Medical and sanitary report on the native army of Bombay for the year
Year: 1879
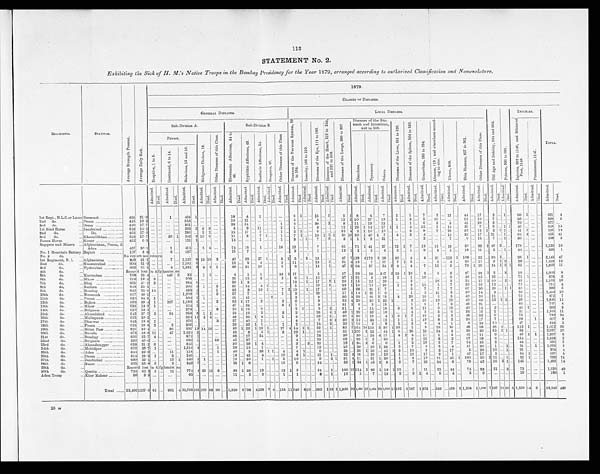
113
STATEMENT No. 2,
Exhibiting the Sick of H. M.'s Native Troops in the Bombay Presidency for the Year 1879, arranged according to authorized Classification and Nomenclature.
REGIMENTS.
STATIONS.
A v e r g e S t r e n g t h P r e s e n t .
A v e r a g e D a i l y S i c k .
1879.
CLASSES OF DISEASES.
GENERAL DISEASES.
LOCAL DISEASES.
O l d A g e a n d D e b i l i t y , 9 0 4 a n d 9 0 5 .
P o i s o n s , 9 0 6 t o 9 9 1 . INJURIES.
TOTAL.
Sub-Division A.
Sub-Division B.
D i s e a s e s o f t h e N e r v o u s S y s t e m , 5 9
t o 1 0 4 .
I n s a n i t y , 1 0 5 t o 1 1 0 .
D i s e a s e s o f t h e E y e , 1 1 1 t o 1 8 5 .
D i s e a s e s o f t h e H e a r t , 2 1 9 t o 2 4 4 ,
a n d 2 5 0 t o 2 5 8 .
D i s e a s e s o f t h e L u n g s , 2 9 0 t o 3 3 7 .
Diseases of the Sto-
m a c h a n d I n t e s t i n e s ,
449 to 500.
D i s e a s e s o f t h e L i v e r , 5 0 1 t o 5 2 0 .
D i s e a s e s o f t h e S p l e e n , 5 2 4 t o 5 3 0 .
G o n o r r h œ a , 5 8 5 t o 5 9 4 .
A b s c e s s , 8 1 9 ; a n d e l s e w h e r e a c c o r d -
i n g t o s i t e .
U l c e r s , 8 5 9 .
S k i n D i s e a s e s , 8 2 7 t o 9 0 1 .
O t h e r D i s e a s e s o f t h i s C l a s s .
I n j u r i e s , 9 9 2 t o 1 1 4 6 , a n d B l i s t e r e d
F e e t , 1 1 4 8 .
P u n i s h m e n t , 1 1 4 7 .
Fevers.
M a l i g n a n t C h o l e r a , 1 8 .
O t h e r D i s e a s e s o f t h i s C l a s s .
R h e u m a t i c A f f e c t i o n s , 3 4 t o
4 2 .
S y p h i l i t i c A f f e c t i o n s , 4 3 .
S c o r b u t i c A f f e c t i o n s , 5 4 .
D r o p s i e s , 5 7 .
O t h e r D i s e a s e s o f t h i s C l a s s .
D i a r r h œ a .
D y s e n t e r y .
O t h e r s .
E r u p t i v e , 1 t o 5 .
C o n t i n u e d , 6 t o 1 4 .
M a l a r i o u s , 1 5 a n d 1 6 .
A d m i t t e d .
D i e d .
A d m i t t e d .
D i e d .
A d m i t t e d .
D i e d .
A d m i t t e d .
D i e d .
A d m i t t e d .
D i e d .
A d m i t t e d .
D i e d .
A d m i t t e d .
D i e d . A d m i t t e d .
D i e d .
A d m i t t e d .
D i e d .
A d m i t t e d .
D i e d .
A d m i t t e d .
D i e d .
A d m i t t e d .
D i e d .
A d m i t t e d .
D i e d .
A d m i t t e d .
D i e d .
A d m i t t e d .
D i e d .
A d m i t t e d .
D i e d .
A d m i t t e d .
D i e d .
A d m i t t e d .
D i e d .
A d m i t t e d .
D i e d .
A d m i t t e d .
D i e d .
A d m i t t e d .
D i e d .
A d m i t t e d .
D i e d .
A d m i t t e d .
D i e d .
A d m i t t e d .
D i e d . A d m i t t e d .
D i e d .
A d m i t t e d .
D i e d . A d m i t t e d .
D i e d .
A d m i t t e d .
D i e d .
A d m i t t e d .
D i e d .
A d m i t t e d .
D i e d .
1 s t R e g t . , N . L . C . o r L a n r s Neemuch
. . . . . . . . . . . . . . . . . .
456 21.0 ... ...
1 ... 404
1
. . . ... ...
. . .
1 8
. . .
4
. . . 1 . . . . . . . . . . . . . . .
6 1
. . .
. . .
1 5
. . . 1
. . .
5
1
8
. . . 4
. . . 7
. . .
1
. . . 1
. . .
7
. . .
2 . . . 1 2 . . .
4 4
. . . 1 7
. . . 2
. . . 1 . . .
6 0 1
. . . ...
621 4
2nd do.
... Poona
. . . . . . . . . . . . . . . . . . . . .
445 19.3 ... ... ... ... 354 . . . . . . ... . . . . . .
19 . . . 1 1 . . . . . . . . . . . . . . . . . . . . . 5 . . . . . . . . . 5 . . . . . . . . .
1 2 2 1 0
. . . 2 7
. . . 1 9
. . . 1 . . . 2 . . . 5 . . . 1 0 . . . . . . . . .
1 2 . . . 1 9
. . . 7 . . . . . . . . .
8 0 . . . . . . . . . 5 9 8
2
3rd do.
. . . Deesa
. . . . . . . . . . . . . . . . . . . . .
450 17.7 . . . . . .
. . .
. . .
361 . . . ... ... ... . . . 3 8
. . . 3 4 . . . . . . . . . . . . . . . 1 . . . 2
. . . . . . . . . 3 0 . . . 1 . . .
8 . . . 1 1
. . . 1 9
. . . 1 3
. . . . . . . . . 1 . . . 6 . . . 2 ... 8 ...
4 1 . . . 2 9
. . . 2 ... . . . . . . 7 0
. . . ... . . .
6 7 7
. . .
1 s t S i n d H o r s e
... Jacobabad
. . . . . . . . . . . . . . .
522 16.5 ... ... ... ... 393 2
9 9 ... . . .
8 . . . 9 . . . 1 1 ... . . . . . .
2 . . . 1 ...
...
. . . 9 ... . . . . . .
1 2 1 2 9 1 1 4
. . . 1 7
1 1 ... 4 . . . 1 5 . . . 1 . . . 1 4 . . .
3 6 . . . 7
. . . 9 . . . 1 1
46 . . . ... ...
6 4 8
1 5
2nd do.
...
Do.
. . . . . . . . . . . . . . .
462
17.2 ... . . .
... ... 286 ... 2 2 ... . . .
15 ... 17 ...
7
... . . . . . . 1
. . . 2 1 . . . . . . 6 ... ... . . .
2 5 4 2
1 1 9
. . . 1 0 . . .
... . . . 3 . . . 8 . . . 7 . . . 2 3 . . .
3 5 . . . 1 3
1 2 1
1 . . .
4 1 2 ... . . .
5 2 5
1 2
3rd do.
... Khoosdilkhan
. . . . . . . . . . . .
518 17.7 ... ...
20 1 242 3 16 9 ... . . .
11 . . . 3 ... 7
1 ... . . . 1 . . . 7 1 . . . . . . 1 0 1 1 1
3 8 1 6 8 9
1 4 6
3 7
. . . 4 . . . 2 . . . 4 . . . . . . . . . 1 2 . . .
3 2 . . . 1 7
. . . 2 1 ... 1 . . .
6 4 4 ... . . .
6 5 5
4 1
Poona Horse
... Siroor
. . . . . . . . . . . . . . . . . . . . .
462 6.5 ... ... ... ...
121 1 ... ... ... . . . 1 4
. . . . . . . . . 1 . . . . . . . . . 1 . . . 3 . . . 1 . . . 7 . . . 8 . . .
3 1 1
1 3
. . . 2 1
. . . . . . . . . . . . . . . 2 . . . . . . . . . 7 . . .
6 . . . 1 5
. . . 7 . . . 1 . . . 3 6
. . . . . . . . . 2 5 8
3
Sappers and Miners ... Afghanistan, Poona, &
Aden . . . . . . . . . . . . . . . . . .
457 30.1 ... ...
1 ... 415 . . .
5 4 ... . . . 74 ... 16 ... 1 ... . . . . . . 16 . . . 12 ... . . . . . . 7
. . . ...
. . .
65 ... 71 1 41 . . . 27 . . . 22 1 7 . . . 12 ... 15
. . .
13 . . .
50 . . . 32 2 4 9 2 . . . . . . 178 ... ... ... 1,129 10
No . 1 Mo u n t a i n Ba t t e r y .
Rajkot
. . . . . . . . . . . . . . . . . .
107 8.3 . . . ...
6 ... 187 ... . . . . . . . . . . . . 1 5
. . . 7 . . . . . . . . . . . . . . . . . . . . . 2 ... . . . . . . 1 ... . . . . . .
1 2 1 1
. . . 2
. . . 4
. . . 2 . . . 1 . . . 8 . . . 3 . . . 1 . . .
1 8 . . . 1 1
. . . 2 . . . 1 . . . 4 4
. . . . . . . . . 3 2 8
1
No. 2 do.
. . .
No report nor return
1st Regiment, N. I. . . . Afghanistan
. . . . . . . . . . . .
808 31.5 ... ...
7 ... 1,137 8 13 10 3 ...
40 ... 2 9 ... 3 7 1 ... . . . 3 1 5 ... 2 . . . 1 3 ... . . . . . .
4 7 7 1 2 8
4 1 7 2 9 1 8
. . . 3 0 . . . 4 . . . 4 ... 3 1 . . . 1 1 2 1
1 0 0 . . . 2 2
. . . 9 0 5
. . . . . .
9 8 1 ... . . . 2 , 1 4 5
4 7
2nd do.
. . . Nusseerabad
. . . . . . . . . . . . 604 51.9 ... ... ... ... 1,181 6 . . . ... ... . . .
13 ... 5 ... 4 . . .
... . . . 2 ... 1 1 ... . . . . . . 1 8 ... 2 ...
5 1 4 1 5
. . . 7
. . . 1 7
. . . 7 1 5 . . . . . . ... 2 ... 4 . . .
3 5 . . . 1 1
. . . 3
1 2 . . .
2 8 ... ... ... 1 , 4 2 3
1 2
3rd do.
. . . Hyderabad
. . . . . . . . . . . . . . .
6 6 9
6 1 . 5 ... ...
4 ... 1,321 2 3
2 1 . . .
39 ... 31 ... 1 0 . . .
... . . . 5 . . . 3 . . . . . . . . . 1 3 ... 1 ... 4 7 2 6 4
. . . 5 7
. . . 2 4
2 8 . . . 4 . . . 7 . . . 1 5 . . . 6 . . .
7 3 1 1 6
. . . 2 4 1 2 1 6 1
. . . . . . . . . 1 , 8 3 9
1 1
4th do.
. . .
Record lost in Afghanistan
5th do.
... Kurrachee
. . . . . . . . . . . . . . .
768 23.4 ... ... 446 2
32 . . . 1
1 ... . . . 4
... 1
... 1
. . . . . . . . . 3 3 2 1 7 . . . . . . . . . 2 . . . . . . . . .
1 7 . . . 2 8 ...
1 3 ... 3 4 7
2 2 3 1 1 0 . . . 2 ... 5 ... 2 . . .
2 7 ... 2 3
1 5 ... 3 . . .
1 8 . . . ... ...
1 , 0 6 0
9
6th do.
. . . Mhow
. . . . . . . . . . . . . . . . . . . . .
610 19.4 8 ... ... ... 509 ... ... . . . . . . . . .
25 ... 15 ... 3 . . .
... . . . 2 . . . 6 ...
1
... 1 6 ... . . . ...
3 7 1 2 1 ... 3
... 2 8
. . . 1 ...
1 ... 1 8 ... . . . ... 6 . . .
4 0 ... 3 5
. . . 3 2 ... . . . . . .
7 1 1 ... ... 8 7 8
2
7th do.
. . . B h u j
. . . . . . . . . . . . . . . . . . . . .
601 41.1 3 ... ... ... 884 6 ... ... ... . . . 5 0
1 3
... ... ... ... ... . . . 1 2 . . . 1 . . . 1 7 . . . 2 1
2 0 1 1 5
... 1 2
... 2 9
. . . . . . ...
2 ... . . . ...
1 0 ... 2 ...
2 5 ... 1 7
1 1 0 ... 2 . . .
4 3
... ... ...
1 , 1 5 9
1 0
8th do.
. . . Sattara
. . . . . . . . . . . . . . . . . .
648 23.5 ... ... . . .
... 366
2 1 ... 2 . . .
31 ... 34 ... 4 1 ... ... ... ... 5 ... . . . ... 1 9
... 3 ...
3 3 1 1 6
... 1 5
. . . 1 8 ... 1 ...
3 . . . 1 1 . . . 5 ... 7 ...
3 9 . . . 5 2
. . . 1 2 . . . . . . . . .
7 5 . . . . . . ...
7 5 2
4
9th do.
. . . Bombay
. . . . . . . . . . . . . . . . . .
642 25.0 14 ... ... ... 430 1 ... ... 1 . . .
32 . . . 8 . . . 1 9 1 . . . . . .
7 2
1 0 . . . 1 . . . 1 7 . . . 1 ...
6 0 . . . 2 8
. . . 21 1 7 . . . ... ...
5 ... 7 ... 7 ... 7 ... 6 7 . . . 5 0
. . . 2 6 ... 1 1
8 3 ... ... . . . 9 0 9
6
10th do.
. . . Neemuch
. . . . . . . . . . . . . . .
617 46. 1
... . . . ... ... 1,209 7 ... ... 2 . . . 2 7
. . . 7
... ... ... . . . ... 1 ...
2
. . . ...
. . .
2 3 ... . . . ...
1 7 1 1 4 1 21 1 6
. . .
. . . ... 1
... 2 ... 1 1 ... 5 . . .
3 0 ... 1 4
... 2
. . . . . . . . .
5 0
... ... ...
1 , 4 4 4
1 0
11th do.
. . . Poona
. . . . . . . . . . . . . . . . . . . . .
630 34.8 1 . . .
. . . . . .
506 2 1 ... ... . . .
21 ... 45 ... ... ... 2 ... ... ... 2 . . . ...
. . .
3 ... . . . ...
3 0
3 2 9
... 2 1
2 1 2 ... 3 . . .
2 0 ... 1 6
. . . 5
... 5 ... 40 ... 2 6
... 1 1
. . .
... . . .
7 3
... ... ... 8 7 2
7
12th do.
. . .
Rajkot
. . . . . . . . . . . . . . . . . . . . .
699 39.4 1 ... 207 ... 1,189 3 . . . ... 2 . . .
82 1 17 ... 2 . . . ... . . . 2 . . .
6 ... . . .
9
... . . . ...
5 2 4 2 6
... 2 6
1 3 2
1 ... ... 2 . . . 1 8 . . . 1 9 . . . 1 0 . . .
4 0 . . . 4 8
. . . 1 5 1 2 . . .
3 9
... ... ...
1 , 8 4 6
1 1
13th do.
. . .
Mhow
. . . . . . . . . . . . . . . . . . . . .
633 13.9 1 ... ... ... 424 1
... . . . . . . . . . 4 7
. . . 2 4 . . .
. . . . . . . . . . . . 3 1
7 . . . . . . . . . 9 . . . . . . . . .
31
2
8 . . . 5
... 1 5
. . . . . . ...
1 ... 9
... 7 . . . 2 ...
4 8 ... 2 1
... . . . ... . . . . . .
8 5
. . . ... ...
7 4 7
4
14th do.
. . .
Belgaum
. . . . . . . . . . . . . . . . . .
610 18.5 ... ... ... ... 379 ... ... ... 8 . . .
16 1 19 ... 2 ... . . . . . . ... ... 2 1 ... . . . 5 ... 2 ...
3 1 . . . 4 ... 1 4 . . . 1 8 ... 6 . . .
3 . . .
1 1 ... 9 ... 1 0 ...
4 0 ... 1 4
... 2 ... . . . . . .
4 4 1 ... ... 6 3 9
3
15th do.
. . .
Ahmedabad
. . . . . . . . . . . .
645 57.7 2 ...
94 ... 958 8 1 1 ... . . .
23 ... 19 ... 2 . . .... . . . 2 ... 2 ... . . . ... 2 8
... 4 1
4 9 1 2 9
... 3 2
... 1 0
... ... ...
4 . . . 3 . . .
5 . . . 6 ...
2 4 ... 1 6
... 1 ... . . . . . .
3 1
... ... ... 1 , 3 4 5
1 1
16th do.
. . . Mallegaum
. . . . . . . . . . . . . . .
625 30.2 ... ... ... . . .
334 11 4 4
... . . .
43 ... 25 1 4 . . . ... . . . 1 ... 4 ... . . . ... 39 ... 1 . . .
8 6 5 2 8 1 1 8
... 4 1 6 1
7 ...
19
... 2 ... 5 . . .
4 8 ... 3 5
. . . 6 ... . . . . . .
7 3 . . .
. . . ...
7 9 2
2 4
17th do.
. . .
Dharwar
. . . . . . . . . . . . . . . . . .
643 19.8 1 ... ... ... 270 . . . . . . . . .
3 . . .
57 ... 40 ... 1 ... . . . ... ... ... 4 ... . . . ... 7
... 3 1
3 0
2 1 2 . . .
3 4 ... 1 2 ... 1 ...
1 ... 1 9 ... 8 ... 5 ...
2 4 ... 1 7
... 7 ... . . . . . .
6 0
. . . 1 ...
6 1 7
3
18th do.
. . . Poona
. . . . . . . . . . . . . . . . . . . . .
624 10.8 2 ...
2 ... 306 ... ... ... ... . . . 2 9
... 3 2 1 1
. . .
... . . . 1
... 2
... . . . ... 1 4 . . . 2 . . .
2 0 1 16
... 2
. . . 8
. . . 3
...
3 ... 6 ... 4
... 1 ...
8 ... 2 4
... 1 0
... . . . ... 4 7
. . . ... ... 5 4 3
2
19th do.
. . .
Bolan Pass
. . . . . . . . . . . . . . .
826 39.4 ... ... 86 ... 559 15 14 10 ... . . .
59 1 22 1 1 9
1
. . . ... 17 4 1 4
1
1 ... 2 2 . . . 1 . . .
8 5 7 1 6 4
1 8 1 1 3 2 2 6
1 3 8 ... 1
... 9
... 1 9
... 36 ...
4 8 ... 6 8
... 4 8
4 . . . ... 1 4 3 1 ... . . . 1 , 6 1 2
6 6
20th do.
. . .
Baroda
. . . . . . . . . . . . . . . . . .
673 58.8 1 1
... 47 . . .
1,437 3 ... ... ... . . .
52 ... 8 ... 5 1 ... ... 2
...
2 9
1 ... ... 4 6
... . . . . . .
5 1
1 1 0 7 1 1 3
. . . 4 4 1 6 . . .
2 6 ... 1 3
... 2 4 ... 3 ... 3 9 . . . 2 0
. . . 5 5 2 1 ... 5 8
. . . . . . ... 2 , 0 9 7
1 0
21st do.
... Bombay
. . . . . . . . . . . . . . . . . .
666
25.7 4 ... ... ... 872 1 ... ... ... . . .
38 ... 17 ... 24 ... ... . . . ... ... 9
. . . ... ... 2 8
...
...
...
3 0
... 3 0
...
2 4 4 1 7 . . . 4 2
4 ... 1 1
... 1 ... 3 ... 4 1
... 1 1
... 9 ... . . . ... 4 9
1 1
. . . 1 , 2 2 7
8
22nd do.
... Belgaum
. . . . . . . . . . . . . . .
596 40.6 ... ... ... ... 659 1 ... ... 33 . . . 4 5
... 2 7
. . . ... . . . ... . . . ... ... 4 ... ... . . . 2 9
...
...
. . .
6 9 . . . 9 3
1
2 ... 5 0 ... . . . . . .
2 . . . 2 5 . . .
8 ... 2 ... 6 7
... 6 8
... 6 . . . . . . ... 1 5 4
... ... . . . 1 , 3 4 3
2
23rd do.
... Ahmednugger
. . . . . . . . .
639 21.2 6 ... ... ... 335 ... ... ... ... . . .
30 ... 59 1 4 ... . . . . . . ... ... 3 ... 3 ... 26 ... . . . . . .
1 8
1 3 4 3 6
... 6 ... 1 ...
2 . . . 1 9
... 2 ... 7 ... 5 4
... 3 5
... 2 ... . . . ... 4 4 ... . . . ... 6 9 6
5
24th do.
. . . Mehidpur
. . . . . . . . . . . . . . .
670 28.7 1 ... ... ... 1,316 4 ... ... 1 . . .
29 . . . 15 ... 1 ... . . . ... . . . ... 7 ... ... ... 12 ... . . . ...
2 5
... 3 9
... 1 6 1 2 3
... 5 . . . 7
... 6 ... 5 ... 4
...
3 1 ... 2 6
... 1
... 1 . . .
5 1
... 1 . . .
1 , 6 2 3
5
25th do.
. . .
Aden
. . . . . . . . . . . . . . . . . . . . .
644
32.9 . . . ...
11 ...
118 ... ... ... 1 . . .
40 . . .
3 ... 38 1 1 ... 4 ... 4 1 ... . . . 6
... ... ...
2 3
... 2 6 1 2 6
... 4 2 1 3 ... 1 0
... 2
... 2 ... 1 7
. . . 5
... 2 0
... 1 0 ... 1 ... 9 1
. . .
... . . .
5 0 4
4
26th do.
. . .
Deesa
. . . . . . . . . . . . . . . . . . . . .
6 1 4
23.5 1 ...
3 ... 246 ... ... ... ... . . .
18 ... 45 ... 4
... ... . . . 1 0
... 8 1 ... ... 5 1 ... 1 . . .
2 2 3 1 6 . . . 1 6
. . . 1 9 . . .
1 . . .
1 2 ... 1 2
... 2
... 1
. . .
4 7 ... 1 7
. . . 1
... . . . ... 5 4
1 ... . . .
6 0 7
5
27th do.
. . .
Jacobabad
. . . . . . . . . . . . . . .
689 32.1 ... ...
12 1 340 2 1 ... ... . . .
16 ... 36 ... 1 ... 1 ... 5 . . . 10 . . . . . . . . . 9
... 2 1
3 1
3 1 1
... 2 1 1 2 0 . . . 1 ...
3 . . . 1 9 . . . 2 1
... 4 5 1
1 0 0
... 3 0 2 1 1
. . . 1 ... 5 2
1 ... . . . 7 9 9
1 2
28th do.
. . .
Surat
. . . . . . . . . . . . . . . . . . . . .
625 35.8 3 . . .
3 ... 849 7 ... ... ... . . . 5 3
1 8
... . . . . . . ... ... 16 . . .
6 ... ... . . . 34 ... ... . . .
5 6 1 5 3
1
4 5 2 8
. . . 2
... 7 ... 2 2
... 3 4 . . . 8 . . . 7 8
. . . 4 2
. . . 1 6 2 1 . . . 1 4 5
. . . . . . . . . 1 , 4 8 9
1 4
29th do.
. . .
Record lost in Afghanistan
30th do.
. . .
Quetta
. . . . . . . . . . . . . . . . . . . . .
723 62.5 2 ...
11 ... 774 4 29 16 3
...
38 1 28 ... 12 ... . . . ...
13 1 5
... ... ... 2 4
... 1 ... 1 0 0 1 5 1 1 4
1
9 6 1 1 8
1 1 2
... 7 . . . 1 1 . . . 2 5 . . . 4 4 . . . 7 4
. . . 8 3
. . . 2 1 . . . 3 . . . 7 2
. . . . . . . . .
1 , 6 2 0
4 0
Aden Troop
. . . Khor Maksar
. . . . . . . . . . . .
86
3.5 ... ... ... ...
65 ... ... ... ... . . . 1 1
. . . 5 . . . 2 . . . . . . . . . 1 . . . 1 . . . . . . . . . 3 . . . 1 . . .
1 2 . . . 5
. . .
7 . . . 1 3
. . . 2 . . .
9 1 4 . . . 5
. . . 4 . . . 2
. . . 9
. . . . . . . . . . . . . . . 1 9
. . . . . . . . . 1 8 0
1
Total . . . . . .
22,406 1107.6 61 ... 961 4 21,768 101 100 68 60 . . . 1,220 6 728 4 228 7 4 ... 152 11 240 8 10 ... 632 1 38 5 1,360 9 2 1,395 37 1,033 2 8 1,016 11 195 6 187 1 372 ... 333 ... 459 2 1,568 1 1,030 7 537 19 26 3 2,530 14 3 ... 38,246 436
26 m